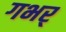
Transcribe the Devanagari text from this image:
गभर्